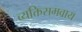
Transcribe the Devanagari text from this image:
व्यक्तिसमवाय